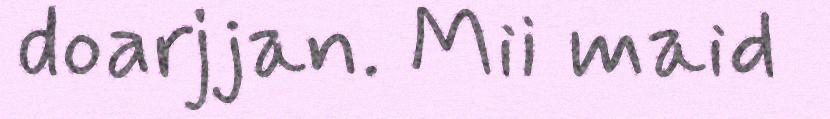
doarjjan. Mii maid